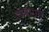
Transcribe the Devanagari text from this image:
उपचारास